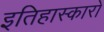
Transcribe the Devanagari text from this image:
इतिहास्कारों